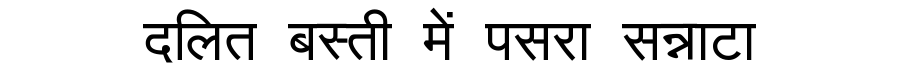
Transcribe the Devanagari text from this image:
दलित बस्ती में पसरा सन्नाटा